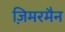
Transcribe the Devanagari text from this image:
ज़िमरमैन